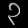
Digit: ၃